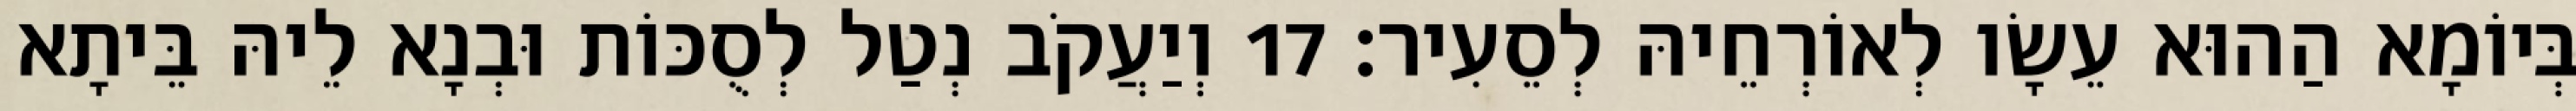
בְּיוֹמָא הַהוּא עֵשָׂו לְאוֹרְחֵיהּ לְסֵעִיר׃ 17 וְיַעֲקֹב נְטַל לְסֻכּוֹת וּבְנָא לֵיהּ בֵּיתָא